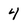
Character: 4